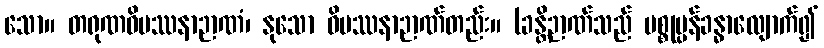
သော။ တရုဏဝိပဿနာဉာဏံ၊ နုသော ဝိပဿနာဉာဏ်တည်း။ (ခန္တိဉာဏ်သည် ပစ္စုပ္ပန်ခန္ဓာလျောက်၍